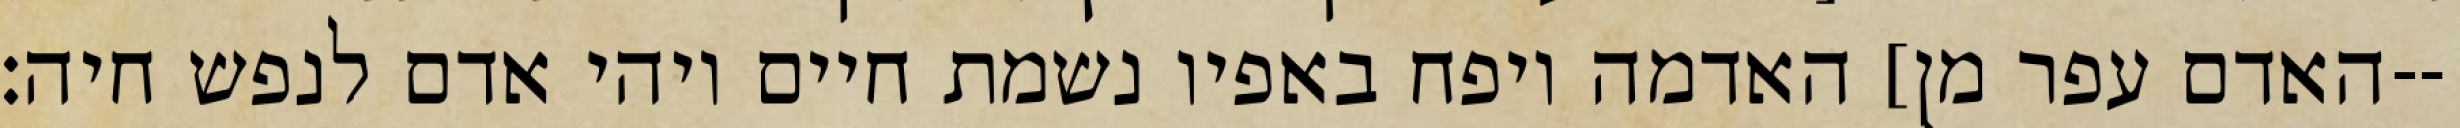
האדם עפר מן] האדמה ויפח באפיו נשמת חיים ויהי אדם לנפש חיה׃--